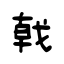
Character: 戟